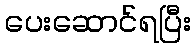
ပေးဆောင်ရပြီး